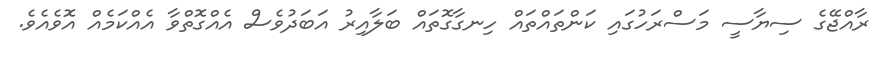
ރާއްޖޭގެ ސިޔާސީ މަސްރަހުގައި ކަންތައްތައް ހިނގާގޮތައް ބަލާއިރު އަބަދުވެސް އެއްގޮތްވާ އެއްކަމެއް އޮވެއެވެ.